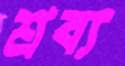
শ্রব্য